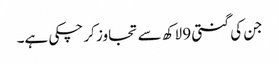
جن کی گنتی 9 لاکھ سے تجاوز کر چکی ہے۔